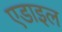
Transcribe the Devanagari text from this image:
एडाइल